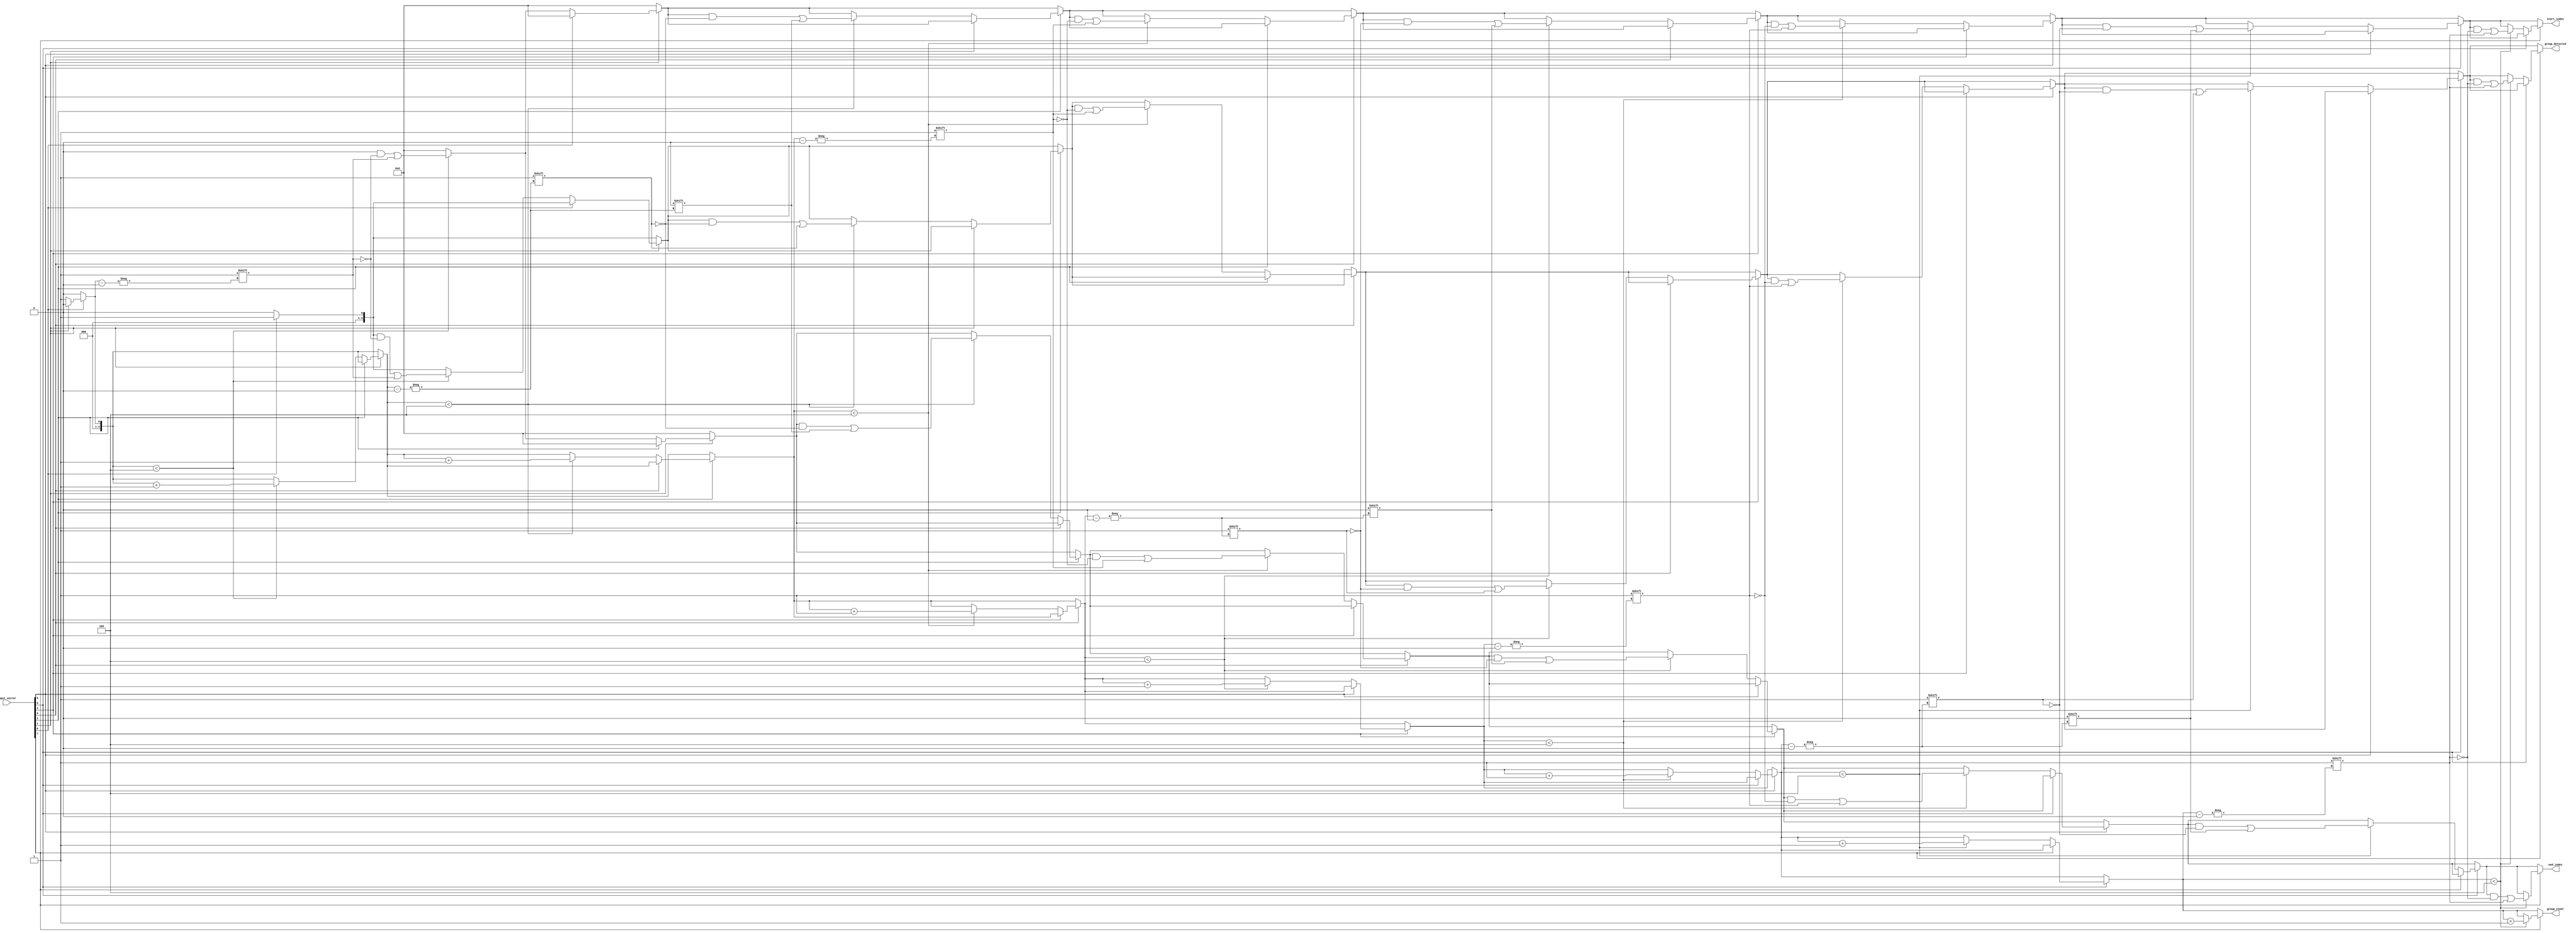
module GroupingOfOnes #(
    parameter N = 8, // Configurable input length, default 8
    parameter MAX_GROUPS = 4 // Maximum number of groups to detect
)(
    input  wire [N-1:0] input_vector, // Binary input vector
    output wire [MAX_GROUPS-1:0] group_detected, // Indicates detected groups
    output wire [MAX_GROUPS-1:0] start_index, // Start index of each group
    output wire [MAX_GROUPS-1:0] end_index, // End index of each group
    output wire [3:0] group_count // Number of groups detected
);

    reg [MAX_GROUPS-1:0] internal_group_detected;
    reg [MAX_GROUPS-1:0] internal_start_index;
    reg [MAX_GROUPS-1:0] internal_end_index;
    reg [3:0] internal_group_count;

    // Combinational logic to detect groups of ones
    integer i;
    always @(*) begin
        // Reset outputs
        internal_group_detected = 0;
        internal_start_index = 0;
        internal_end_index = 0;
        internal_group_count = 0;

        for (i = 0; i < N; i = i + 1) begin
            if (input_vector[i] == 1'b1) begin
                if (i == 0 || input_vector[i-1] == 1'b0) begin
                    // Found the start of a new group
                    if (internal_group_count < MAX_GROUPS) begin
                        internal_group_detected[internal_group_count] = 1'b1;
                        internal_start_index[internal_group_count] = i;
                    end
                end
                if (i == N-1 || input_vector[i+1] == 1'b0) begin
                    // Found the end of the current group
                    if (internal_group_count < MAX_GROUPS) begin
                        internal_end_index[internal_group_count] = i;
                        internal_group_count = internal_group_count + 1;
                    end
                end
            end
        end
    end

    // Assign internal registers to output
    assign group_detected = internal_group_detected;
    assign start_index = internal_start_index;
    assign end_index = internal_end_index;
    assign group_count = internal_group_count;

endmodule